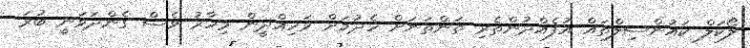
ލޯކަލް ކައުންސިލްތައް އުފެއްދުންތެރި ތަންތަަނަށް ހެދުމަށް ވަހިއްދީން މިހާރު ވެސް ގެންދަވަނީ ބުރަ